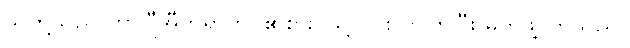
သူတို့သည် ဟာဂျီအီဘရာဟင်၏စားပွဲသို့ ဝိုင်းလာကြပြီး မိတ်ဖွဲ့ ကြသည်။